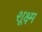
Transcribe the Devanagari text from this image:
शूक्ष्म